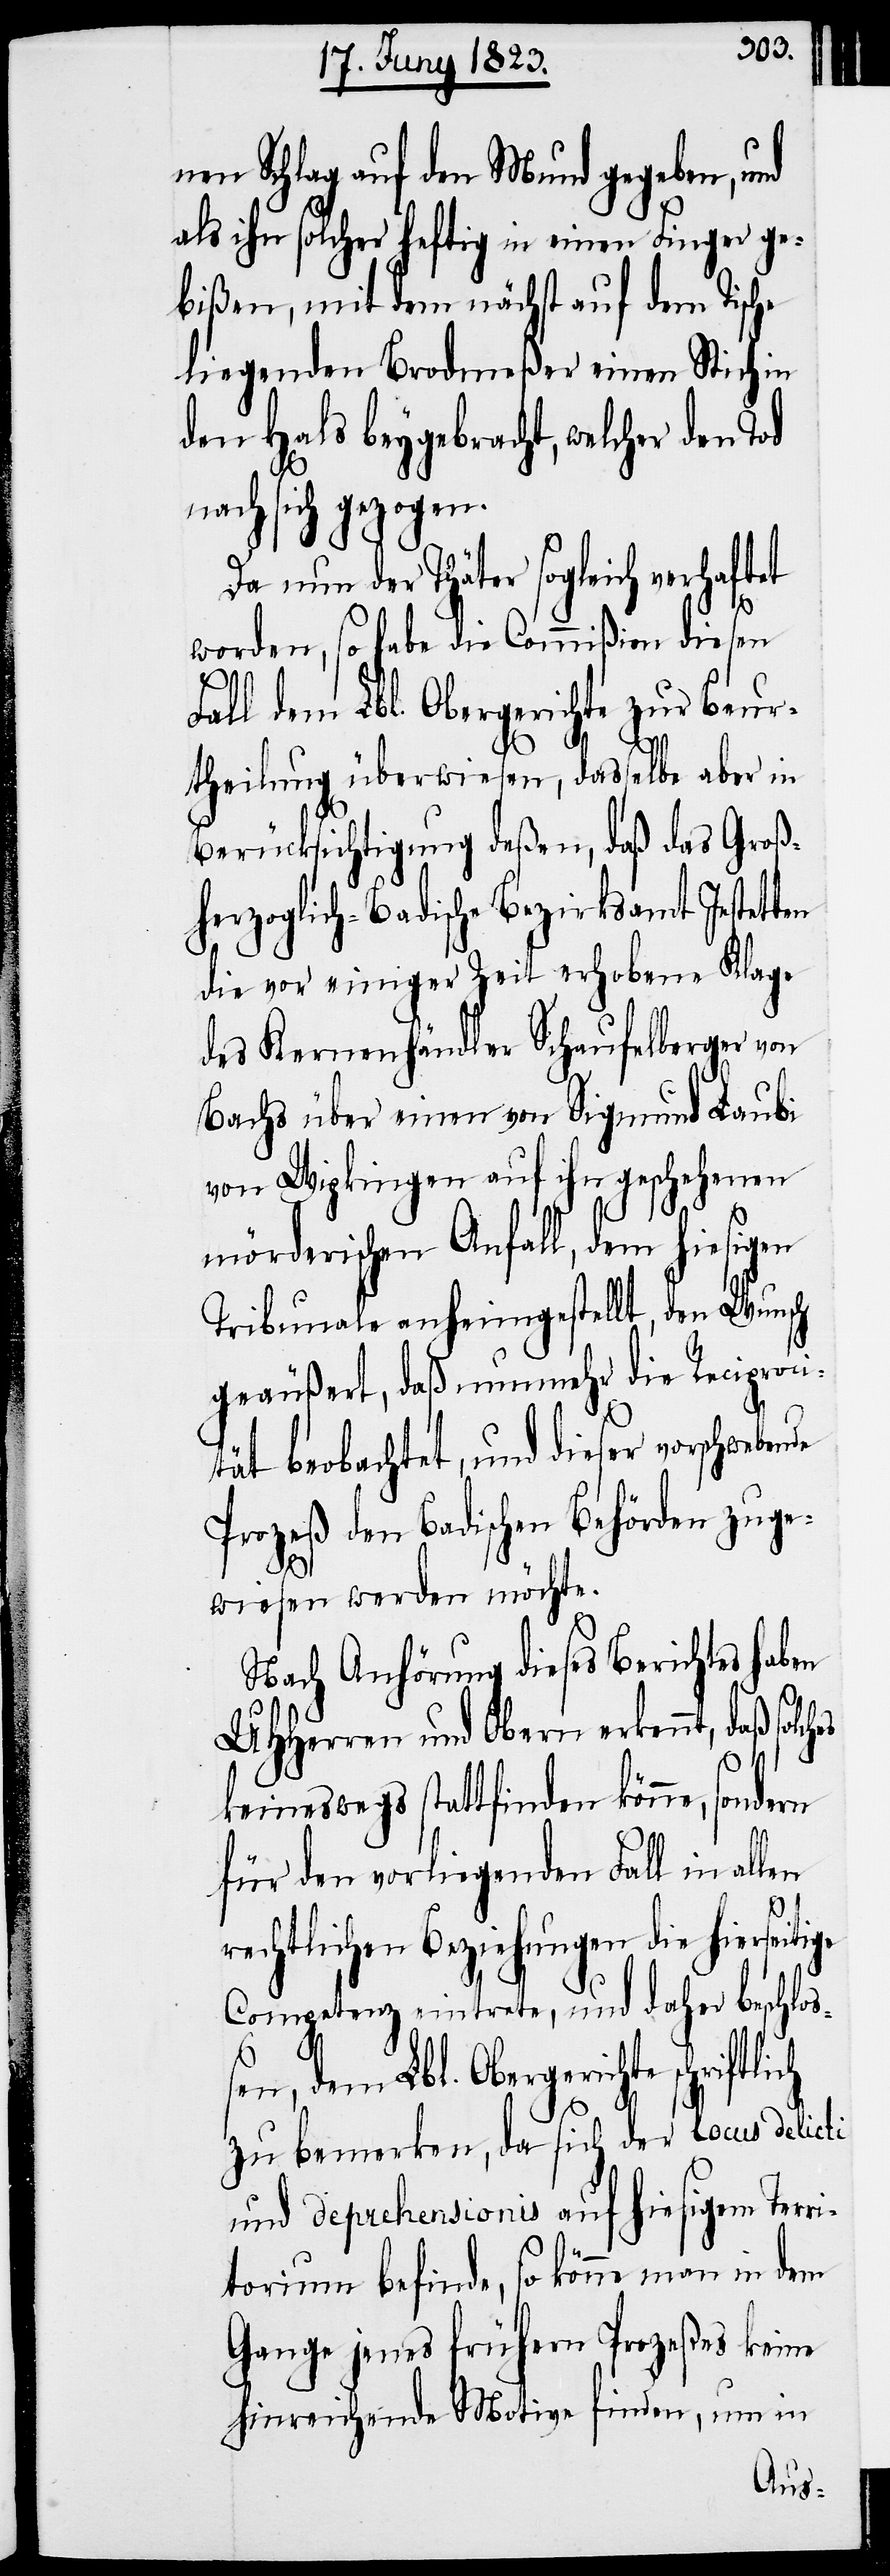
nen Schlag auf den Mund gegeben, und
als ihn solcher heftig in einen Finger ge¬
bißen, mit dem nächst auf dem Tische
liegenden Brodmeßer einen Stich in
den Hals beygebracht, welcher den Tod
nach sich gezogen.
Da nun der Thäter sogleich verhaftet
worden, so habe die Commißion diesen
Fall dem Lbl. Obergerichte zur Beur¬
theilung überwiesen, dasselbe aber in
Berücksichtigung deßen, daß das Groß¬
herzoglich-Badische Bezirksamt Jestetten
die vor einiger Zeit erhobene Klage
des Kernenhändler Schaufelberger von
Bachs über einen von Sigmund Laubi
von Wipkingen auf ihn geschehenen
mörderischen Anfall, dem hiesigen
Tribunale anheimgestellt, den Wunsch
geäußert, daß nunmehr die Reciproci¬
tät beobachtet, und dieser vorschweben¬
Prozeß den Badischen Behörden zuge¬
wiesen werden möchte.
Nach Anhörung dieses Berichtes haben
UHHerren und Obern erkennt, daß solc¬
keineswegs stattfinden könne, sondern
lich
für den vorliegenden Fall in allen
rechtlichen Beziehungen die
Competenz eintrete, und daher beschloß¬
en, dem Lbl. Obergerichte schrift¬
zu bemerken, da sich der locus delicti
und deprehensionis auf hiesigem Terr¬
itorium befinde, so könne man in dem
Gange jenes frühern Prozeßes keine
hinreichende Motive finden, um in